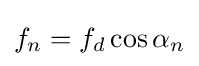
\,\!f_{n}=f_{d}\cos \alpha _{n}